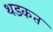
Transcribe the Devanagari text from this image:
थडकत